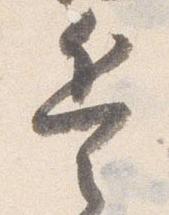
兵